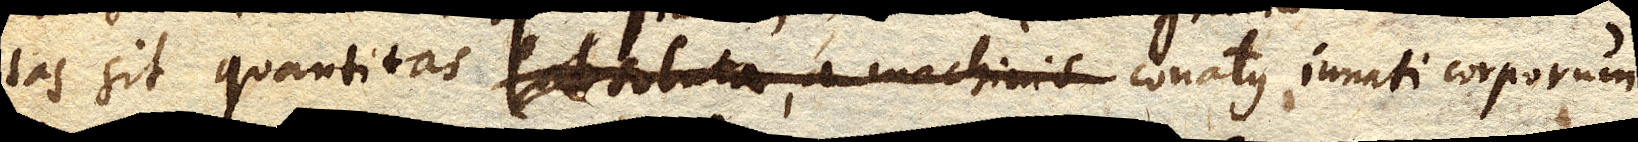
tas sit quantitas absoluta, a machinis conatus conatus innati corporum,